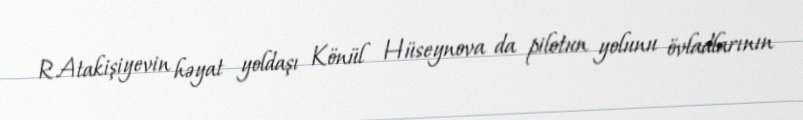
R.Atakişiyevin həyat yoldaşı Könül Hüseynova da pilotun yolunu övladlarının